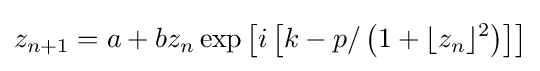
z_{n+1}=a+bz_{n}\exp \left[i\left[k-p/\left(1+\lfloor z_{n}\rfloor ^{2}\right)\right]\right]